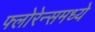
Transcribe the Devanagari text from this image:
फ्लोरेन्समध्ये